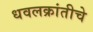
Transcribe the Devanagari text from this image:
धवलक्रांतीचे